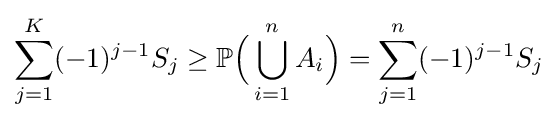
\sum _{j=1}^{K}(-1)^{j-1}S_{j}\geq \mathbb {P} {\Big (}\bigcup _{i=1}^{n}A_{i}{\Big )}=\sum _{j=1}^{n}(-1)^{j-1}S_{j}